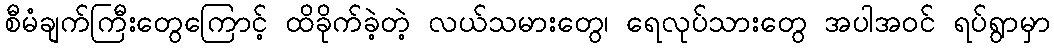
စီမံချက်ကြီးတွေကြောင့် ထိခိုက်ခဲ့တဲ့ လယ်သမားတွေ၊ ရေလုပ်သားတွေ အပါအဝင် ရပ်ရွာမှာ